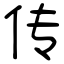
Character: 传